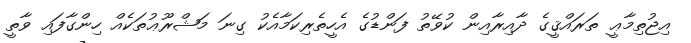
އިޖުތިމާޢީ ތަރައްޤީގެ ދާއިރާއިން ކުވޭތު ފަންޑުގެ އެހީތެރިކަމާއެކު ގިނަ މަޝްރޫޢުތަކެއް ހިންގާފައި ވާތީ